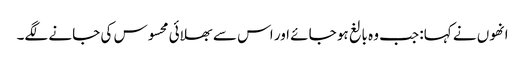
انھوں نے کہا: جب وہ بالغ ہو جائے اور اس سے بھلائی محسوس کی جانے لگے۔